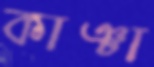
কাঞ্চা